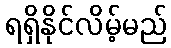
ရရှိနိုင်လိမ့်မည်